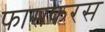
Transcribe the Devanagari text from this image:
फासफरस